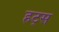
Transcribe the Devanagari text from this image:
हट्स